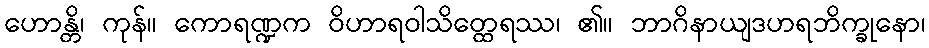
ဟောန္တိ၊ ကုန်။ ကောရဏ္ဍက ဝိဟာရဝါသိတ္ထေရဿ၊ ၏။ ဘာဂိနာယျဒဟရဘိက္ခုနော၊